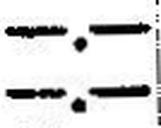
—.—